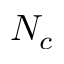
N _ { c }